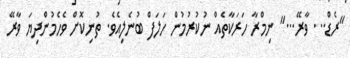
"ރެޑް... ވާރޭ..." ނިމްރާ ހަރަކާތެއް ނުކުރުމުން ހަލަފް ބުނެލިއެވެ. ތުނިކޮށް ވެހެމުންދިޔަ ވާރޭ